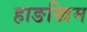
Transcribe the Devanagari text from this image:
हाङखिम